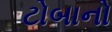
ટોબાનો